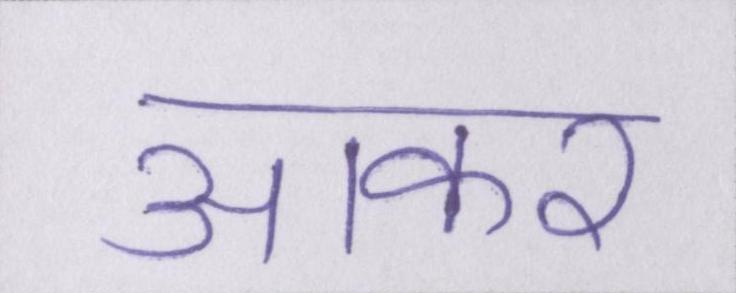
आकर